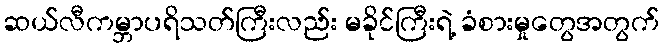
ဆယ်လီကမ္ဘာပရိသတ်ကြီးလည်း မခိုင်ကြီးရဲ့ ခံစားမှုတွေအတွက်